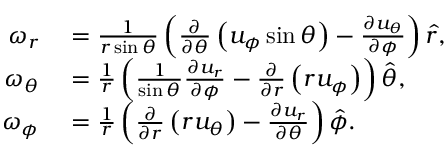
\begin{array} { r l } { \omega _ { r } } & { { } = { \frac { 1 } { r \sin \theta } } \left( { \frac { \partial } { \partial \theta } } \left( u _ { \phi } \sin \theta \right) - { \frac { \partial u _ { \theta } } { \partial \phi } } \right) { \boldsymbol { \hat { r } } } , } \\ { \omega _ { \theta } } & { { } = { \frac { 1 } { r } } \left( { \frac { 1 } { \sin \theta } } { \frac { \partial u _ { r } } { \partial \phi } } - { \frac { \partial } { \partial r } } \left( r u _ { \phi } \right) \right) { \boldsymbol { \hat { \theta } } } , } \\ { \omega _ { \phi } } & { { } = { \frac { 1 } { r } } \left( { \frac { \partial } { \partial r } } \left( r u _ { \theta } \right) - { \frac { \partial u _ { r } } { \partial \theta } } \right) { \boldsymbol { \hat { \phi } } } . } \end{array}